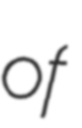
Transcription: of